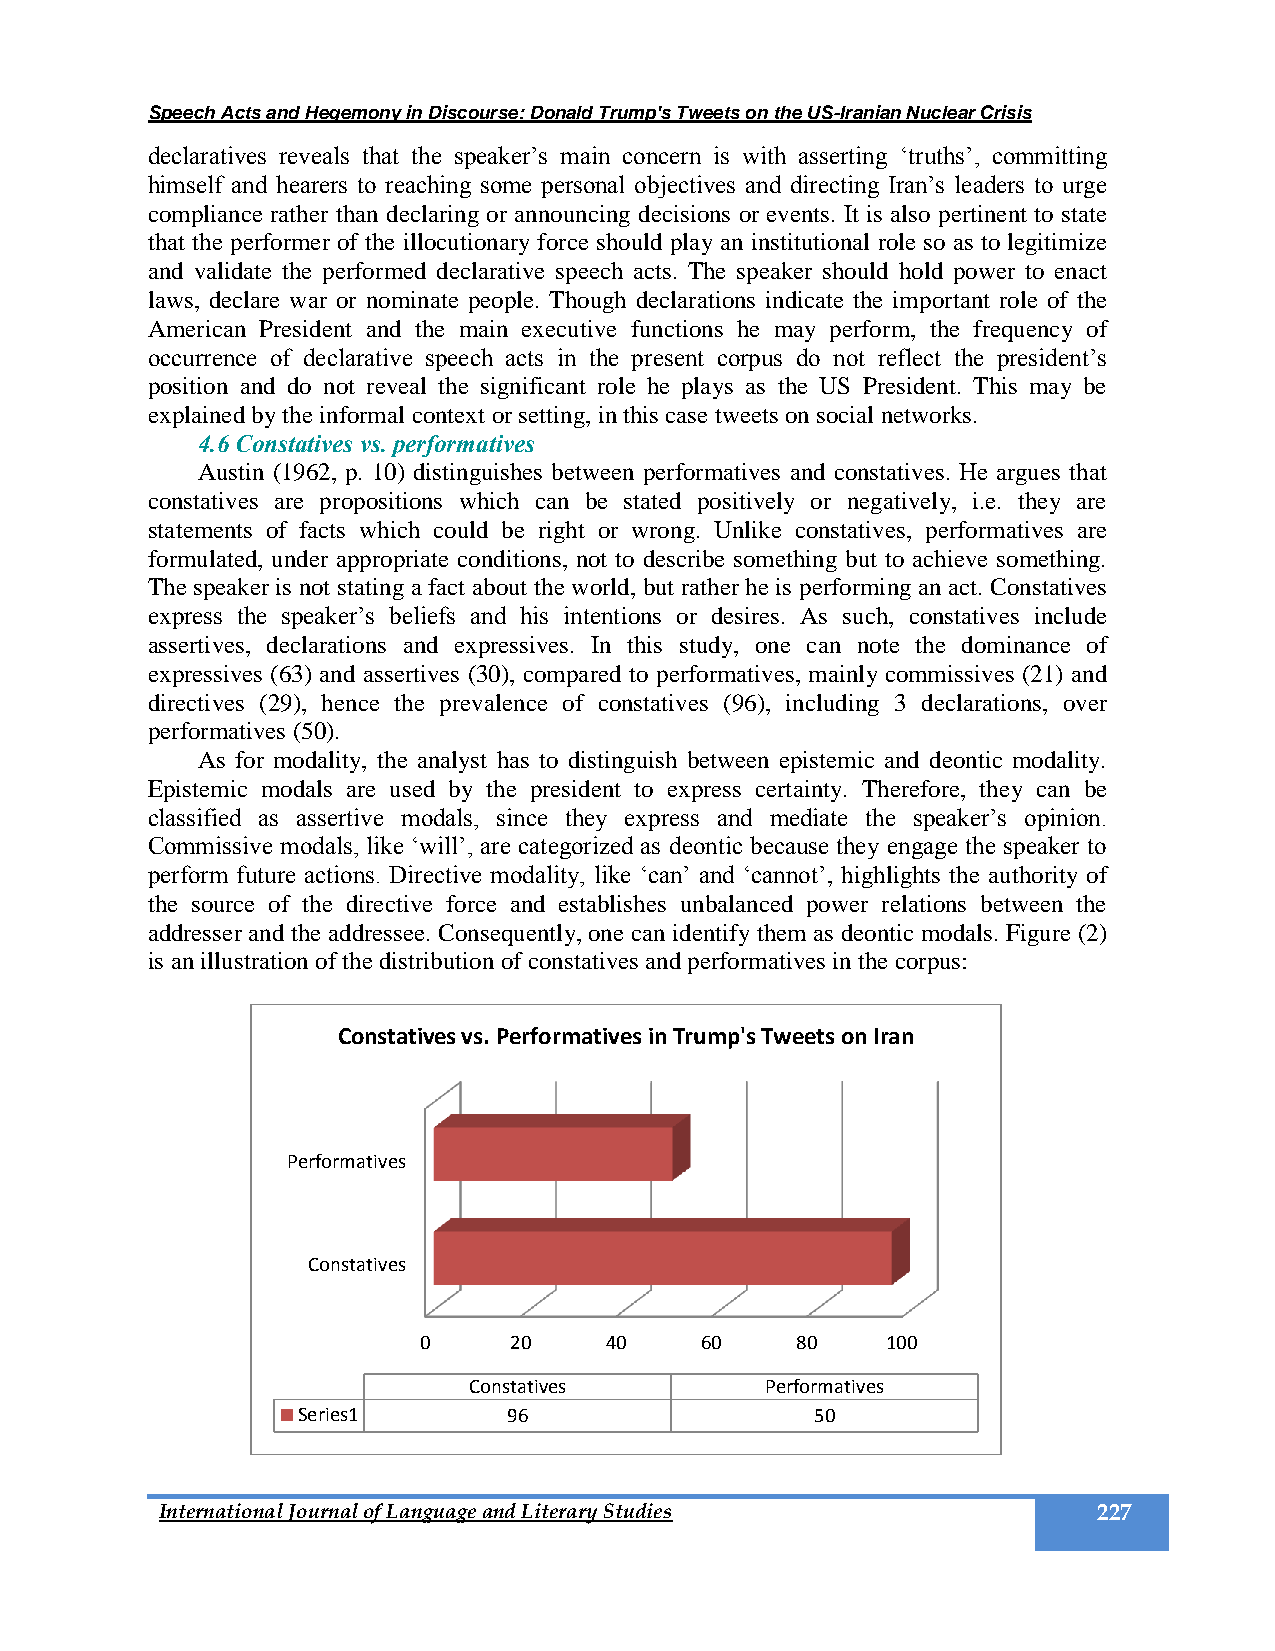
Speech Acts and Hegemony in Discourse: Donald Trump's Tweets on the US-Iranian Nuclear Crisis
 declaratives reveals that the speaker’s main concern is with asserting ‘truths’, committing
 himself and hearers to reaching some personal objectives and directing Iran’s leaders to urge
 compliance rather than declaring or announcing decisions or events. It is also pertinent to state
 that the performer of the illocutionary force should play an institutional role so as to legitimize
 and validate the performed declarative speech acts. The speaker should hold power to enact
 laws, declare war or nominate people. Though declarations indicate the important role of the
 American President and the main executive functions he may perform, the frequency of
 occurrence of declarative speech acts in the present corpus do not reflect the president’s
 position and do not reveal the significant role he plays as the US President. This may be
 explained by the informal context or setting, in this case tweets on social networks.
 4.6 Constatives vs. performatives
 Austin (1962, p. 10) distinguishes between performatives and constatives. He argues that
 constatives are propositions which can be stated positively or negatively, i.e. they are
 statements of facts which could be right or wrong. Unlike constatives, performatives are
 formulated, under appropriate conditions, not to describe something but to achieve something.
 The speaker is not stating a fact about the world, but rather he is performing an act. Constatives
 express the speaker’s beliefs and his intentions or desires. As such, constatives include
 assertives, declarations and expressives. In this study, one can note the dominance of
 expressives (63) and assertives (30), compared to performatives, mainly commissives (21) and
 directives (29), hence the prevalence of constatives (96), including 3 declarations, over
 performatives (50).
 As for modality, the analyst has to distinguish between epistemic and deontic modality.
 Epistemic modals are used by the president to express certainty. Therefore, they can be
 classified as assertive modals, since they express and mediate the speaker’s opinion.
 Commissive modals, like ‘will’, are categorized as deontic because they engage the speaker to
 perform future actions. Directive modality, like ‘can’ and ‘cannot’, highlights the authority of
 the source of the directive force and establishes unbalanced power relations between the
 addresser and the addressee. Consequently, one can identify them as deontic modals. Figure (2)
 is an illustration of the distribution of constatives and performatives in the corpus:
 Constatives vs. Performatives in Trump's Tweets on Iran
 Performatives
 Constatives
 0     20    40    60     80    100
 Constatives         Performatives
 Series1       96                  50
 International Journal of Language and Literary Studies        227